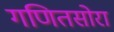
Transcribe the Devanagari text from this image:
गणितसोरा